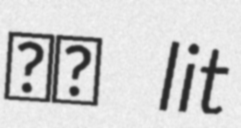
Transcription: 松下 lit